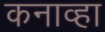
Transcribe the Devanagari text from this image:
कनाव्हा